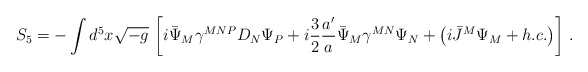
\begin{align*} S_5 = -\int d^5x\sqrt{-g}\, \left[i \bar\Psi_M\gamma^{MNP}D_N\Psi_{P} +i\frac{3}{2}\frac{a^\prime}{a} \bar\Psi_M\gamma^{MN} \Psi_{N}+\left(i\bar J^M \Psi_{M}+h.c.\right)\right]\, .\end{align*}